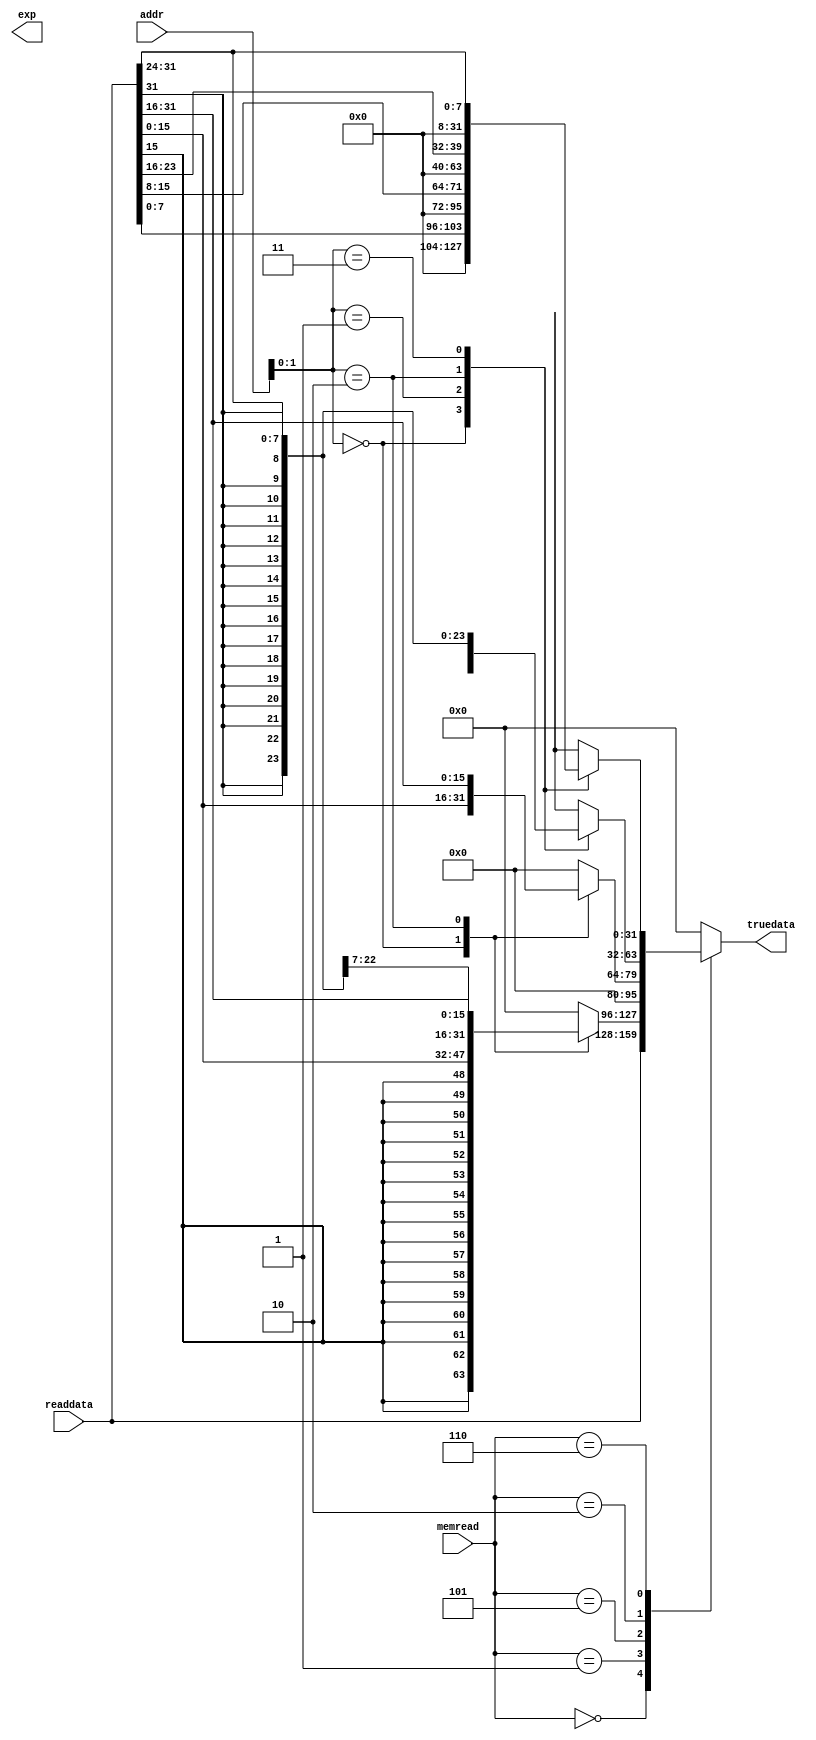
`timescale 1ns / 1ps
//////////////////////////////////////////////////////////////////////////////////
// Company: 
// Engineer: 
// 
// Design Name: 
// Module Name: data_mux
// Project Name: 
// Target Devices: 
// Tool Versions: 
// Description: 
// 
// Dependencies: cache
// 
// Revision:
// Revision 0.01 - File Created
// Additional Comments:
// 
//////////////////////////////////////////////////////////////////////////////////


module data_mux(
    input wire [31:0] readdata,
    input wire [2:0] memread,   //memread
    input wire [31:0] addr,     //
    
    output reg [31:0] truedata,
    output reg exp              //
    );
    
    always @(*) begin
        case (memread)
			3'b000: truedata <= readdata;    //LW
			
			3'b001: case(addr[1:0])          //LH
                2'b00: truedata <= {{16{readdata[15]}},readdata[15:0]};
                2'b10: truedata <= {{16{readdata[31]}},readdata[31:16]};
                default: truedata <= 32'b0;
            endcase
            
            3'b101: case(addr[1:0])          //LHU
                2'b00: truedata <= {{16{1'b0}},readdata[15:0]};
                2'b10: truedata <= {{16{1'b0}},readdata[31:16]};
                default: truedata <= 32'b0;
            endcase

			3'b010: case(addr[1:0])          //LB
                2'b00: truedata <= {{24{readdata[7]}},readdata[7:0]};
                2'b01: truedata <= {{24{readdata[15]}},readdata[15:8]};
                2'b10: truedata <= {{24{readdata[23]}},readdata[23:16]};
                2'b11: truedata <= {{24{readdata[31]}},readdata[31:24]};
                default: truedata <= 32'b0;
            endcase
            
            3'b110: case(addr[1:0])          //LBU
                2'b00: truedata <= {{24{1'b0}},readdata[7:0]};
                2'b01: truedata <= {{24{1'b0}},readdata[15:8]};
                2'b10: truedata <= {{24{1'b0}},readdata[23:16]};
                2'b11: truedata <= {{24{1'b0}},readdata[31:24]};
                default: truedata <= 32'b0;
            endcase
            
			default:  truedata <= 32'b0; //illegal 
		endcase
	end
endmodule